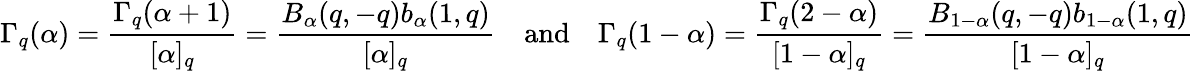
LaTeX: \Gamma_{q}(\alpha)=\frac{\Gamma_{q}(\alpha+1)}{[\alpha]_{q}}=\frac{B_{\alpha}(q,-q)b_{\alpha}(1,q)}{[\alpha]_{q}}\quad\mathrm{and}\quad\Gamma_{q}(1-\alpha)=\frac{\Gamma_{q}(2-\alpha)}{[1-\alpha]_{q}}=\frac{B_{1-\alpha}(q,-q)b_{1-\alpha}(1,q)}{[1-\alpha]_{q}}